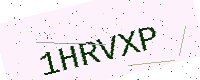
Text: 1HRVXP